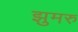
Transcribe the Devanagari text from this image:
झुमरु